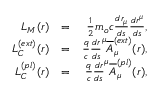
\begin{array} { r l r } { L _ { M } ( r ) } & { = } & { \frac { 1 } { 2 } m _ { o } c \frac { d r _ { \mu } } { d s } \frac { d r ^ { \mu } } { d s } , } \\ { L _ { C } ^ { ( e x t ) } ( r ) } & { = } & { \frac { q } { c } \frac { d r } { d s } ^ { \mu } \overline { { A } } _ { \mu } ^ { ( e x t ) } ( r ) , } \\ { L _ { C } ^ { ( p l ) } ( r ) } & { = } & { \frac { q } { c } \frac { d r } { d s } ^ { \mu } \overline { { A } } _ { \mu } ^ { ( p l ) } ( r ) , } \end{array}